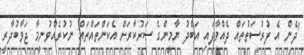
"ދެން އެ ފުރުސަތުތައް ދެއްވާފައި އަބްދު ޔާމީންގެ ސަރުކާރަށް އެކަންތައްތައް ނުކުރެއްވުނީމާ ޖަވާބުދާރީ